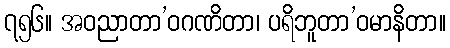
၇၅၆။ အဝညာတာ’ဝဂဏိတာ၊ ပရိဘူတာ’ဝမာနိတာ။